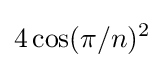
4\cos(\pi /n)^{2}